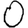
Digit: 0